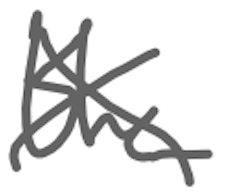
Text: the
Cross-out: cross
Writing tool: digital_gray